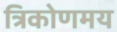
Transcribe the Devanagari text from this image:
त्रिकोणमय